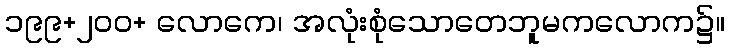
၁၉၉+၂၀၀+ လောကေ၊ အလုံးစုံသောတေဘူမကလောက၌။